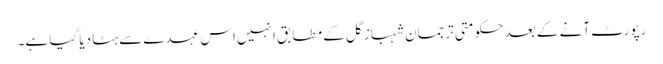
رپورٹ آنے کے بعد حکومتی ترجمان شہباز گل کے مطابق انہیں اس عہدے سے ہٹا دیا گیا ہے۔